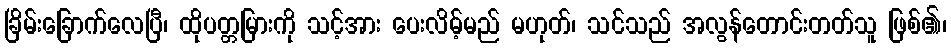
ခြိမ်းခြောက်လေပြီ၊ ထိုပတ္တမြားကို သင့်အား ပေးလိမ့်မည် မဟုတ်၊ သင်သည် အလွန်တောင်းတတ်သူ ဖြစ်၏၊